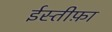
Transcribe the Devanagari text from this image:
ईस्तीफ़ा